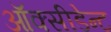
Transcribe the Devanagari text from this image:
ऑक्सीडेन्ट